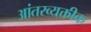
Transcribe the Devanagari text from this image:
आंतरव्यक्तीक